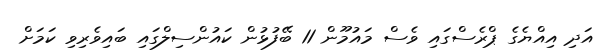
އަދި އިއްޔެގެ ޕްރެސްގައި ވެސް މައުމޫން 11 ބޭފުޅުން ކައުންސިލްގައި ބައިވެރިވި ކަމަށް